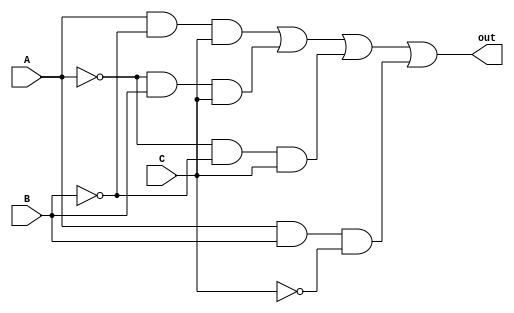
module verfi_perf(A, B, C, out);
   input A, B, C;
   output out;
	wire A_not, B_not, C_not, SUP1, SUP2, SUP3, SUP4;
	
	not A_inv (A_not, A);
	not B_inv (B_not, B);
	not C_inv (C_not, C);
	
	and And0 (SUP1, A, B_not, C);
	and And1 (SUP2, A_not, B, C);
	and And2 (SUP3, A_not, B_not, C);
	and And3 (SUP4, A, B, C_not);
	
	or Or0 (out, SUP1, SUP2, SUP3, SUP4);
	

endmodule